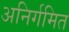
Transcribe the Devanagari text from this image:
अनिर्गमित